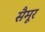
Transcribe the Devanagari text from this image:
सैमूर